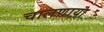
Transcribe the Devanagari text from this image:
चालणाया